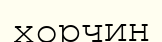
хорчин